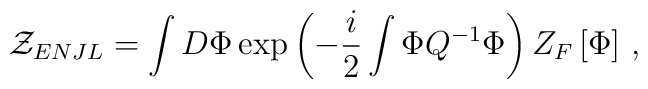
{\cal Z}_{ENJL} = \int D\Phi\exp\left(-{i\over2}\int\Phi Q^{-1}\Phi\right)                Z_F\left[\Phi\right]\,,